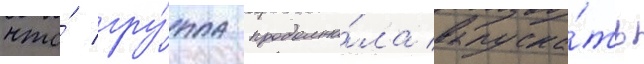
что́ гру́ппа продолжа́ла выпуска́ть